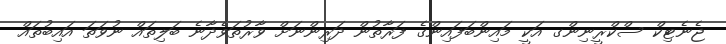
ޖެނެޓިކް ސްކްރީނިންގ އަކީ މައިންބަފައިންގެ ފަރާތުން ދަރިންނަށް ވާރުތަވެދާނެ ބަލިތައް ނުވަތަ އައިބުތައް